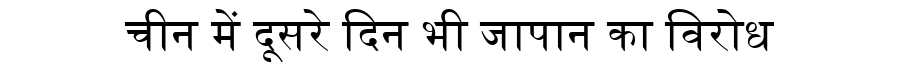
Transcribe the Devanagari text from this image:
चीन में दूसरे दिन भी जापान का विरोध